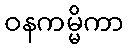
ဝနကမ္မိကာ